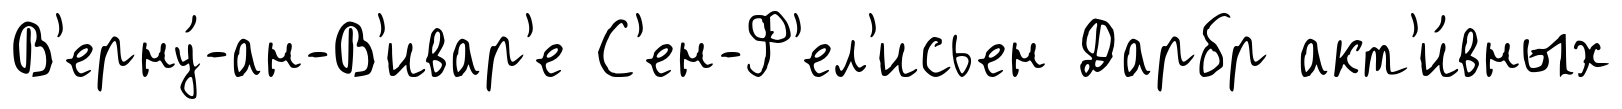
В'ерну́-ан-В'ивар'е С'ен-Ф'ел'исьен Дарбр акт'и́вных